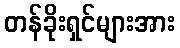
တန်ခိုးရှင်များအား